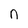
Character: n